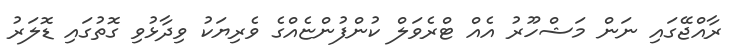
ރާއްޖޭގައި ނަން މަޝްހޫރު އެއް ޓްރެވަލް ކުންފުންޏެއްގެ ވެރިޔަކު ވިދާޅުވި ގޮތުގައި ޑޮލަރު